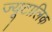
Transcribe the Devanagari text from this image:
ज्यूटालिक